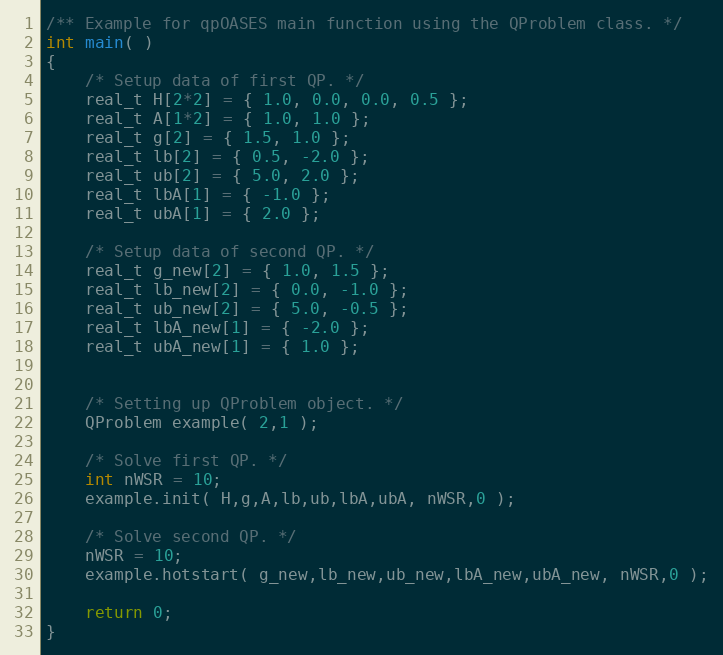
Language: C++
/** Example for qpOASES main function using the QProblem class. */
int main( )
{
	/* Setup data of first QP. */
	real_t H[2*2] = { 1.0, 0.0, 0.0, 0.5 };
	real_t A[1*2] = { 1.0, 1.0 };
	real_t g[2] = { 1.5, 1.0 };
	real_t lb[2] = { 0.5, -2.0 };
	real_t ub[2] = { 5.0, 2.0 };
	real_t lbA[1] = { -1.0 };
	real_t ubA[1] = { 2.0 };

	/* Setup data of second QP. */
	real_t g_new[2] = { 1.0, 1.5 };
	real_t lb_new[2] = { 0.0, -1.0 };
	real_t ub_new[2] = { 5.0, -0.5 };
	real_t lbA_new[1] = { -2.0 };
	real_t ubA_new[1] = { 1.0 };

	/* Setting up QProblem object. */
	QProblem example( 2,1 );

	/* Solve first QP. */
	int nWSR = 10;
	example.init( H,g,A,lb,ub,lbA,ubA, nWSR,0 );

	/* Solve second QP. */
	nWSR = 10;
	example.hotstart( g_new,lb_new,ub_new,lbA_new,ubA_new, nWSR,0 );

	return 0;
}